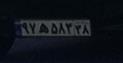
۹۷ه۵۸۳۲۸